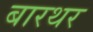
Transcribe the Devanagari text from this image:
बारथर